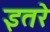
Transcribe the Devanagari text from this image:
इतरे